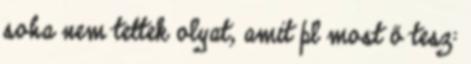
soha nem tettek olyat, amit pl most ő tesz: